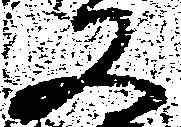
又